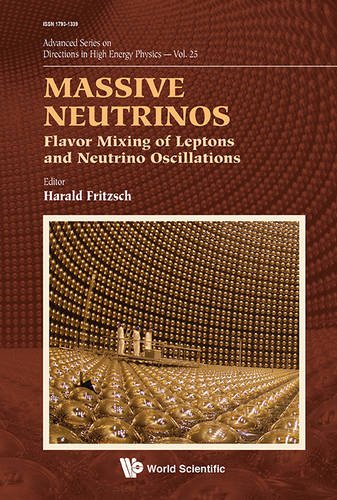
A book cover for Massive Neutrinos: Flavor Mixing of Leptons and Neutrino Oscillations (Advanced Series on Directions in High Energy Physics); Harald Fritzsch; Science & Math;